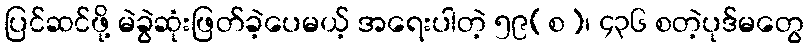
ပြင်ဆင်ဖို့ မဲခွဲဆုံးဖြတ်ခဲ့ပေမယ့် အရေးပါတဲ့ ၅၉(စ)၊ ၄၃၆ စတဲ့ပုဒ်မတွေ